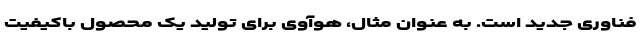
فناوری جدید است. به عنوان مثال، هوآوی برای تولید یک محصول باکیفیت